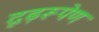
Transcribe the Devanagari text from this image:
दृढ़रूपेण